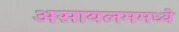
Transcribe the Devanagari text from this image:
असायलममध्ये